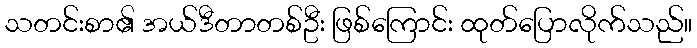
သတင်းစာ၏ အယ်ဒီတာတစ်ဦး ဖြစ်ကြောင်း ထုတ်ပြောလိုက်သည်။